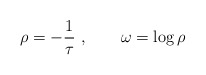
\begin{align*}\rho= -{1\over \tau}\ , \qquad \omega = \log \rho\end{align*}